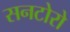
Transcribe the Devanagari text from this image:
सनटोरो